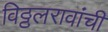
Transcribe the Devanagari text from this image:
विठ्ठलरावांची